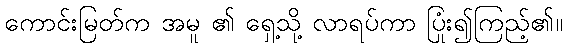
ကောင်းမြတ်က အမူ ၏ ရှေ့သို့ လာရပ်ကာ ပြုံး၍ကြည့်၏။